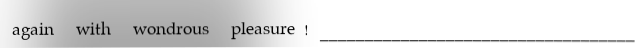
again with wondrous pleasure! ___________________________________